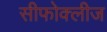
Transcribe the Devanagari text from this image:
सीफोक्लीज